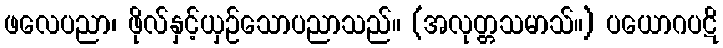
ဖလေပညာ၊ ဖိုလ်နှင့်ယှဉ်သောပညာသည်။ (အလုတ္တသမာသ်။) ပယောဂပဋိ